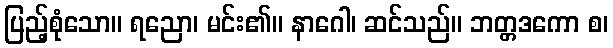
ပြည့်စုံသော။ ရညော၊ မင်း၏။ နာဂေါ၊ ဆင်သည်။ ဘတ္တဒကော စ၊